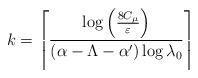
LaTeX: \begin{align*} k = \left\lceil \frac{\log\left(\frac{8C_\mu}{\varepsilon}\right)}{(\alpha-\Lambda-\alpha')\log\lambda_0} \right\rceil \end{align*}